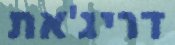
דריג'את